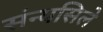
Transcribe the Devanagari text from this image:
संन्यसिले